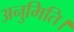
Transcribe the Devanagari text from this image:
अनुमिति।